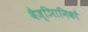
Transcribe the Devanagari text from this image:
वैज्ञिानिकों